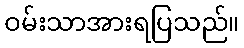
ဝမ်းသာအားရပြသည်။